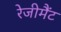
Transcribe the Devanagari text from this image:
रेजीमैंट